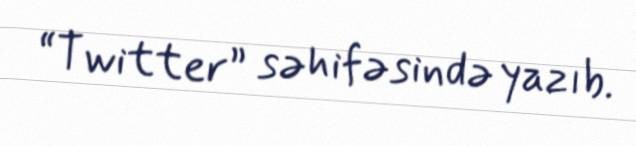
“Twitter” səhifəsində yazıb.